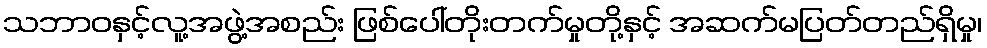
သဘာဝနှင့်လူ့အဖွဲ့အစည်း ဖြစ်ပေါ်တိုးတက်မှုတို့နှင့် အဆက်မပြတ်တည်ရှိမှု၊